Vaccination in the Punjab 1867-1880 - 1867-1880
Year: 1867
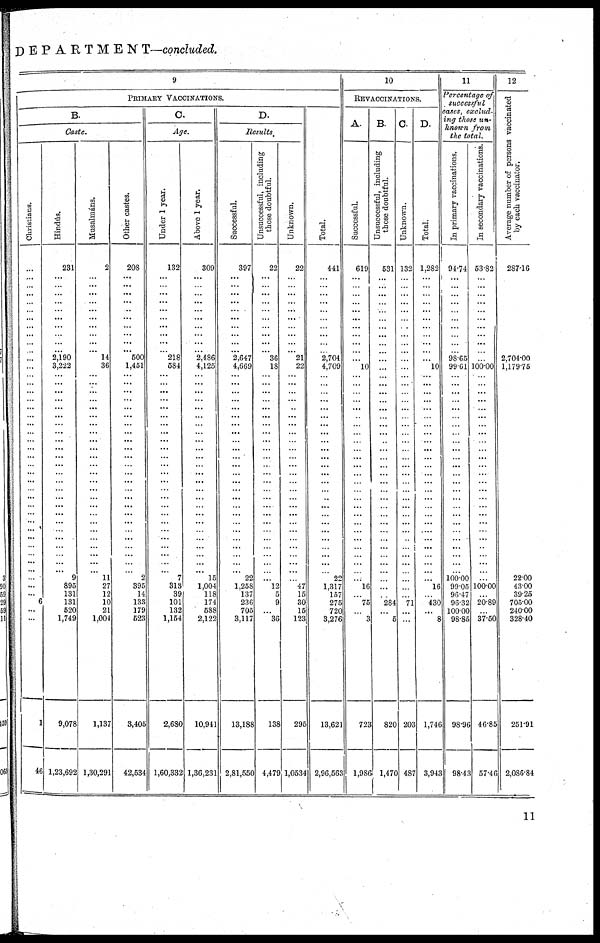
DEPARTMENT—concluded.
9
PRIMARY VACCINATIONS.
B.
Caste.
Christians.
...
...
...
...
...
...
...
...
...
...
...
...
...
...
...
...
...
...
...
...
...
...
...
...
...
... ...
...
...
...
...
...
...
...
...
...
...
...
...
...
...
6
...
...
1
46
Hindús.
231
... ...
...
...
...
...
...
...
...
...
2,190
3,222
...
...
...
...
...
...
...
...
...
...
...
...
... ...
...
...
...
...
...
...
...
...
...
...
...
9
895
131
131
520
1,749
9,078
1,23,692
Musalmáns.
2
... ...
...
...
...
...
...
...
...
... 14
36
...
...
...
...
...
...
...
...
...
...
...
...
... ...
...
...
...
...
...
...
...
...
...
...
...
11
27
12
10
21
1,004
1,137
1,30,291
Other castes.
208
...
...
...
...
...
...
...
...
...
... 500
1,451
...
...
...
...
...
...
...
...
...
...
...
...
... ...
...
...
...
...
...
...
...
...
...
...
...
2
395
14
133
179
523
3,405
42,534
C.
Age.
Under 1 year.
132
... ...
...
...
...
...
...
...
...
... 218
584
...
...
...
...
...
...
...
...
...
...
...
...
... ...
...
...
...
...
...
...
...
...
...
... ...
7
313
39
101
132
1,154
2,680
1,60,332
Above 1 year.
309
...
...
...
...
...
...
...
...
...
... 2,486
4,125
...
...
...
...
...
...
...
...
...
...
...
...
... ...
...
...
...
...
...
...
...
...
...
... ...
15
1,004
118
174
588
2,122
10,941
1,36,231
D.
Results.
Successful.
397
...
...
...
...
...
...
...
...
...
... 2,647
4,669
...
...
...
...
...
...
...
...
...
...
...
...
... ...
...
...
...
...
...
...
... ...
...
...
...
22
1,258
137
236
705
3,117
13,188
2,81,550
Unsuccessful, including
those doubtful.
22
...
...
...
...
...
...
...
...
...
... 36
18
...
...
...
...
...
...
...
...
...
...
...
...
... ...
...
...
...
...
...
...
...
...
...
...
...
... 12
5
9
...
36
138
4,479
Unknown.
22
...
...
...
...
...
...
...
...
...
... 21
22
...
...
...
...
...
...
...
...
...
...
...
...
... ...
...
...
...
...
...
...
...
...
...
...
...
... 47
15
30
15
123
295
1,0534
Total.
441
...
...
...
...
...
...
...
...
...
... 2,704
4,709
...
...
...
...
...
...
...
...
...
...
...
...
... ...
...
...
...
...
...
...
...
...
...
...
...
22
1,317
157
275
720
3,276
13,621
2,96,563
10
REVACCINATIONS.
A.
Successful.
619
...
...
...
...
...
...
...
...
...
...
...
10
...
...
...
...
...
...
...
...
...
...
...
...
... ...
...
...
...
...
...
...
...
...
...
...
...
... 16
...
75
...
3
723
1,986
B.
Unsuccessful, including
those doubtful.
531
...
...
...
...
...
...
...
...
...
...
...
...
...
...
...
...
...
...
...
...
...
...
...
...
... ...
...
...
...
...
...
...
...
...
...
...
...
...
...
...
284
...
5
820
1,470
C.
Unknown.
132
...
...
...
...
...
...
...
...
...
...
...
...
...
...
...
...
...
...
...
...
...
...
...
...
... ...
...
...
...
...
...
...
...
...
...
...
...
...
...
...
71
...
...
203
487
D.
Total.
1,282
...
...
...
...
...
...
...
...
...
...
...
10
...
...
...
...
...
...
...
...
...
...
...
...
... ...
...
...
...
...
...
...
...
...
...
...
...
... 16
...
430
...
8
1,746
3,943
11
Percentage of
successful
cases, exclud¬
ing those un¬
known from
the total.
In primary vaccinations.
94.74
...
...
...
...
...
...
...
...
...
... 98.65
99.61
...
...
...
...
...
...
...
...
...
...
...
...
... ...
...
...
...
...
...
...
...
...
...
...
...
100.00 99.05
96.47
96.32
100.00
98.85
98.96
98.43
In secondary vaccinations.
53.82
...
...
...
...
...
...
...
...
...
...
...
100.00
...
...
...
...
...
...
...
...
...
...
...
...
... ...
...
...
...
...
...
...
...
...
...
...
...
...
100.00
...
20.89
...
37.50
46.85
57.46
12
Average number of persons vaccinated
by each vaccinator.
287.16
2,704.00
1,179.75
22.00
43.00
39.25
705.00
240.00
328.40
251.91
2,086.84
11